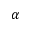
\alpha